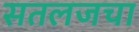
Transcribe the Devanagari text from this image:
सतलजचा